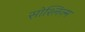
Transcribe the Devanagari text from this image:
सोश्लिज़्म